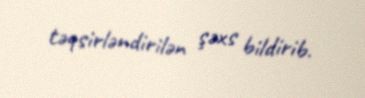
təqsirləndirilən şəxs bildirib.